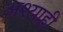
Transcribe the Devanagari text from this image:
अश्याही